Plague in India, 1896, 1897 - Volume 2
Year: 1896
Disease focus: Plague
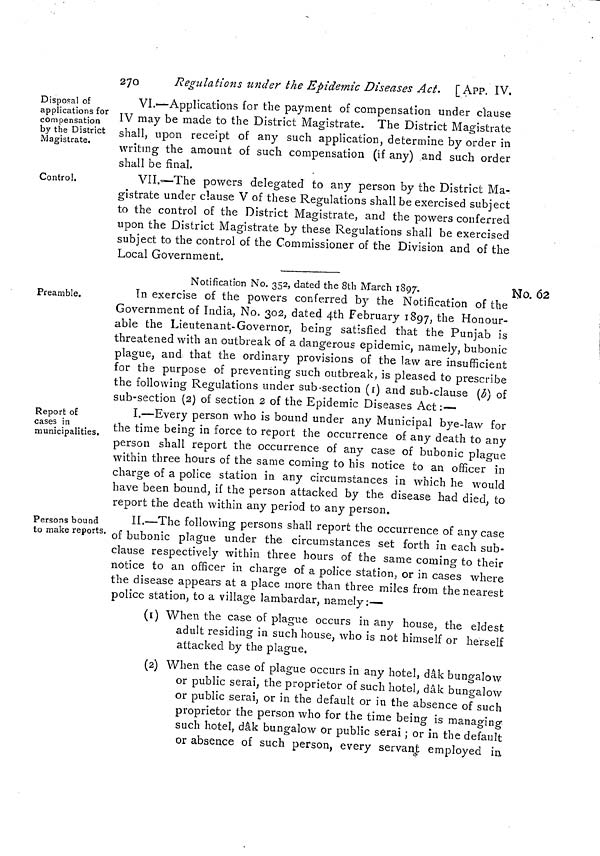
270
Regulations under the Epidemic Diseases Act. [APP. IV.
Disposal of
applications for
compensation
by the District
Magistrate.
VI.—Applications for the payment of compensation under clause
IV may be made to the District Magistrate. The District Magistrate
shall, upon receipt of any such application, determine by order in
writing the amount of such compensation (if any) and such order
shall be final.
Control.
VII.—-The powers delegated to any person by the District Ma-
gistrate under clause V of these Regulations shall be exercised subject
to the control of the District Magistrate, and the powers conferred
upon the District Magistrate by these Regulations shall be exercised
subject to the control of the Commissioner of the Division and of the
Local Government.
No. 62
i
Notification No. 352, dated the 8th March 1897.
Preamble.
In exercise of the powers com erred by the Notification ot the
Government of India, No. 302, dated 4th February 1897, the Honour-
able the Lieutenant-Governor, being satisfied that the Punjab is
threatened with an outbreak of a dangerous epidemic, namely, bubonic
plague, and that the ordinary provisions of the law are insufficient
for the purpose of preventing such outbreak, is pleased to prescribe
the following Regulations under sub-section (1) and sub-clause (b) of
sub-section (2) of section 2 of the Epidemic Diseases Act :—
Report of
cases in
municipalities,
I.—Every person who is bound under any Municipal bye-law for
the time being in force to report the occurrence of any death to any
person shall report the occurrence of any case of bubonic plague
within three hours of the same coming to his notice to an officer in
charge of a police station in any circumstances in which he would
have been bound, if the person attacked by the disease had died, to
report the death within any period to any person.
Persons bound
to make reports.
II.—The following persons shall report the occurrence of any case
of bubonic plague under the circumstances set forth in each sub-
clause respectively within three hours of the same coming to their
notice to an officer in charge of a police station, or in cases where
the disease appears at a place more than three miles from the nearest
police station, to a village lambardar, namely :—
(1) When the case of plague occurs in any house, the eldest
adult residing in such house, who is not himself or herself
attacked by the plague.
(2) When the case of plague occurs in any hotel, dâk bungalow
or public serai, the proprietor of such hotel, dâk bungalow
or public serai, or in the default or in the absence of such
proprietor the person who for the time being is managing
such hotel, dâk bungalow or public serai ; or in the default
or absence of such person, every servant employed in